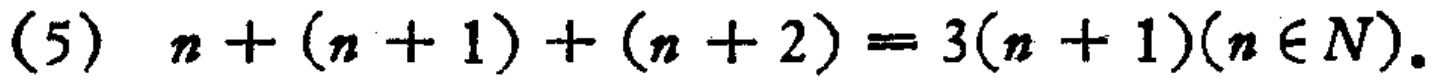
(5) \(n+(n + 1)+(n + 2)=3(n + 1)(n\in N)\)